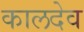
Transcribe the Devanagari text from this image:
कालदेव